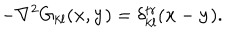
LaTeX: - \nabla ^ { 2 } G _ { k l } ( { \bf x } , { \bf y } ) = \delta _ { k l } ^ { t r } ( { \bf x } - { \bf y } ) .